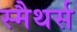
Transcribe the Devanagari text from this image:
स्मैथर्स